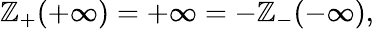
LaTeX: \mathbb{Z}_{+}(+\infty)=+\infty=-\mathbb{Z}_{-}(-\infty),